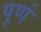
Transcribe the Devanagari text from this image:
पूर्ण